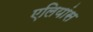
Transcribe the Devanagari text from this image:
एलियांस